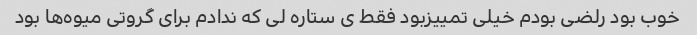
خوب بود رلضی بودم خیلی تمییزبود فقط ی ستاره لی که ندادم برای گروتی میوه‌ها بود